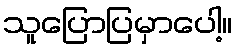
သူပြောပြမှာပေါ့။